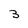
Character: 3